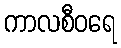
ကာလစီဝရေ